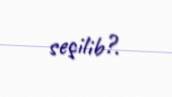
seçilib?.